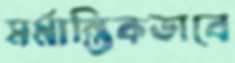
মর্মান্তিকভাবে